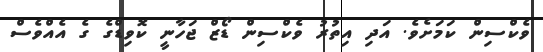
ވެކްސިން ކަމަަަށެވެ. އަދި އިތުރު ވެކްސިން ޑޯޒް ޖަހާނީ ކޮވިޑްގެ ގެ އެއްވެސް